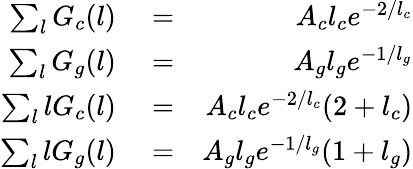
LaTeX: \begin{array}{rlr}{\sum_{l}G_{c}(l)}&{{}=}&{A_{c}l_{c}e^{-2/l_{c}}}\\ {\sum_{l}G_{g}(l)}&{{}=}&{A_{g}l_{g}e^{-1/l_{g}}}\\ {\sum_{l}lG_{c}(l)}&{{}=}&{A_{c}l_{c}e^{-2/l_{c}}(2+l_{c})}\\ {\sum_{l}lG_{g}(l)}&{{}=}&{A_{g}l_{g}e^{-1/l_{g}}(1+l_{g})}\end{array}